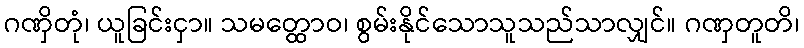
ဂဏှိတုံ၊ ယူခြင်းငှာ။ သမတ္ထောဝ၊ စွမ်းနိုင်သောသူသည်သာလျှင်။ ဂဏှတူတိ၊